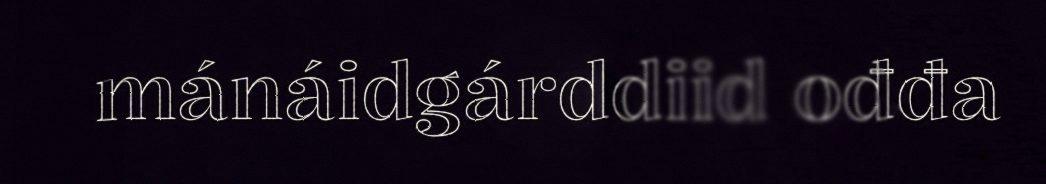
mánáidgárddiid ođđa